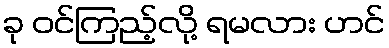
ခု ဝင်ကြည့်လို့ ရမလား ဟင်